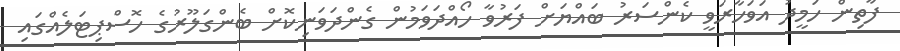
ފާތިން ހަމީދު އަވަހާރަވީ ކެންސަރު ބައްޔަށް ފަރުވާ ހޯއްދަވަމުން ގެންދަވަނިކޮށް ބެންގަލޫރުގެ ހޮސްޕިޓަލެއްގައި